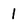
Character: 1